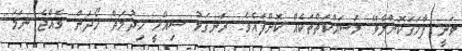
ވަނީ ފާހަގަކޮށްލެވޭ މަސައްކަތްތަކެއް ކޮށްފައެވެ. ރަނގަޅު ސިއްހީ ޚިދުމަތް ހޯދަން ވެއްޖެ ނަމަ